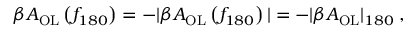
\beta A _ { \mathrm { O L } } \left( f _ { 1 8 0 } \right) = - | \beta A _ { \mathrm { O L } } \left( f _ { 1 8 0 } \right) | = - | \beta A _ { \mathrm { O L } } | _ { 1 8 0 } \; ,